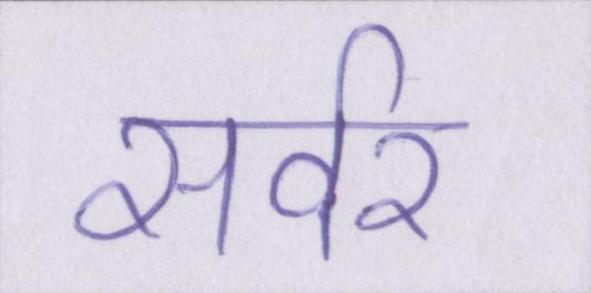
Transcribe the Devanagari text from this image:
सर्वर